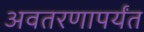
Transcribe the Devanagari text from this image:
अवतरणापर्यंत